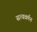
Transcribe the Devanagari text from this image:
सत्यवर्मन